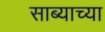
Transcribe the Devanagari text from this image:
साब्याच्या